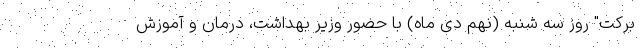
برکت" روز سه شنبه (نهم دی ماه) با حضور وزیر بهداشت، درمان و آموزش